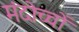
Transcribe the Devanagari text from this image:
मंदोच्चों